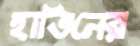
হাতিনের